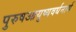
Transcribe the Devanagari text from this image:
पुरुषआयुष्यवर्धनार्थ